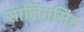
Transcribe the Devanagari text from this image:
सालिमसिंह